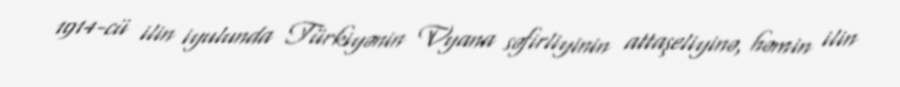
1914-cü ilin iyulunda Türkiyənin Vyana səfirliyinin attaşeliyinə, həmin ilin